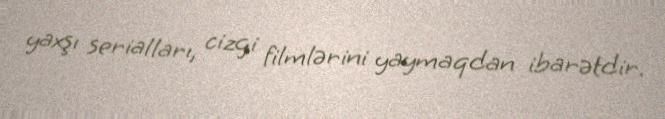
yaxşı serialları, cizgi filmlərini yaymaqdan ibarətdir.